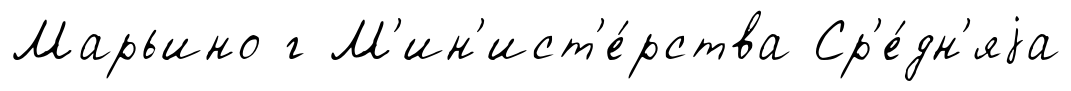
Марьино г М'ин'ист'е́рства Ср'е́дн'яjа